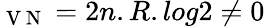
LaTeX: _{\mathrm{~V~N~}}=2n.R.log\textit{}2\neq 0